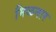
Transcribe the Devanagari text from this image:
मिळनार